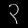
Digit: ၃